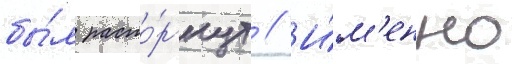
бы́л расто́ргнут // И́м'енно